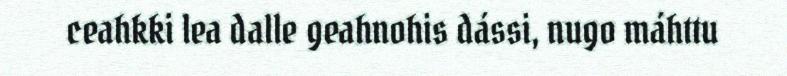
ceahkki lea dalle geahnohis dássi, nugo máhttu